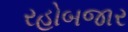
રહોબજાર